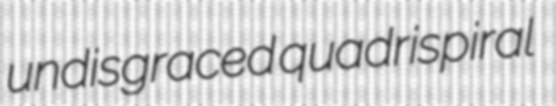
undisgraced quadrispiral